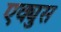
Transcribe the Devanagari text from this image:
एक्युस